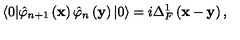
\langle 0 | \hat { \varphi } _ { n + 1 } \left( \mathbf { x } \right) \hat { \varphi } _ { n } \left( \mathbf { y } \right) | 0 \rangle = i \Delta _ { F } ^ { 1 } \left( \mathbf { x - y } \right) ,